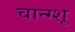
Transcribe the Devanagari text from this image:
चान्ग्शू